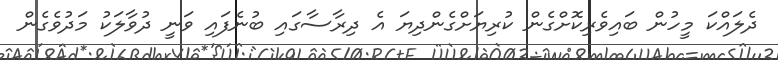
ދެލައްކަ މީހުން ބައިވެރިކޮށްގެން ކުރިޔަށްގެންދިޔަ އެ ދިރާސާގައި ބުނެފައި ވަނީ ދުވާލަކު މަދުވެގެން